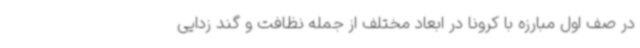
در صف اول مبارزه با کرونا در ابعاد مختلف از جمله نظافت و گند زدایی